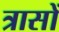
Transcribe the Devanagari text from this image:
त्रासों